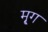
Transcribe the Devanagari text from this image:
मृ्ग